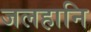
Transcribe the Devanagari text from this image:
जलहानि